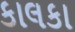
કાલકા